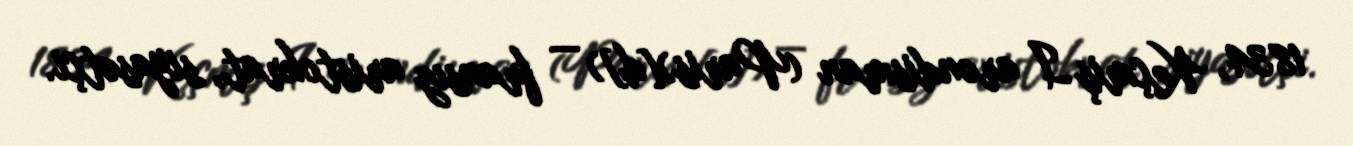
1834, Keçmiş I arondisman (Paris)[d]) — fransız aristokrat, siyasətçi.